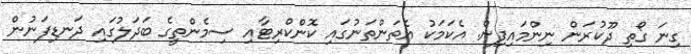
ގިނަ ގޯތި ދޫކުރަން ނިންމައިފިން. އެކަމަކު އެތަންތަނުގައި ކޮންކްރިޓާއި ސިމެންތީގެ ބަދަލުގައި ދަނޑިފަނުން